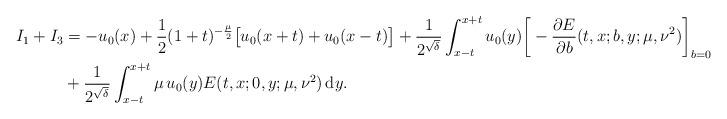
LaTeX: \begin{align*}I_1+I_3 &= - u_0(x)+ \frac{1}{2}(1+t)^{-\frac{\mu}{2}}\big[ u_0(x+t)+ u_0(x-t) \big]+ \frac{1}{2^{\sqrt{\delta}}} \int_{x-t}^{x+t} u_0(y) \bigg[-\frac{\partial E}{\partial b} (t,x;b,y;\mu,\nu^2)\bigg]_{b=0} \mathrm{d} y \\& + \frac{1}{2^{\sqrt{\delta}}} \int_{x-t}^{x+t} \mu\, u_0(y) E(t,x;0,y;\mu,\nu^2) \, \mathrm{d}y . \end{align*}